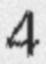
4